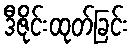
ဒီဇိုင်းထုတ်ခြင်း